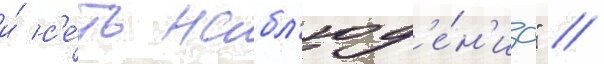
и́ с'е́ть набл'юд'е́н'иа" //